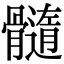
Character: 髓